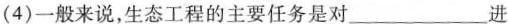
(4)一般来说，生态工程的主要任务是对___进